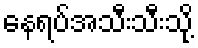
နေရပ်အသီးသီးသို့